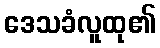
ဒေသခံလူထု၏